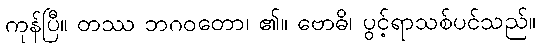
ကုန်ပြီ။ တဿ ဘဂဝတော၊ ၏။ ဗောဓိ၊ ပွင့်ရာသစ်ပင်သည်။